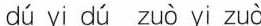
dú yi dú zuò yi zuò